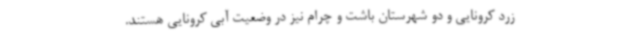
زرد کرونایی و دو شهرستان باشت و چرام نیز در وضعیت آبی کرونایی هستند.